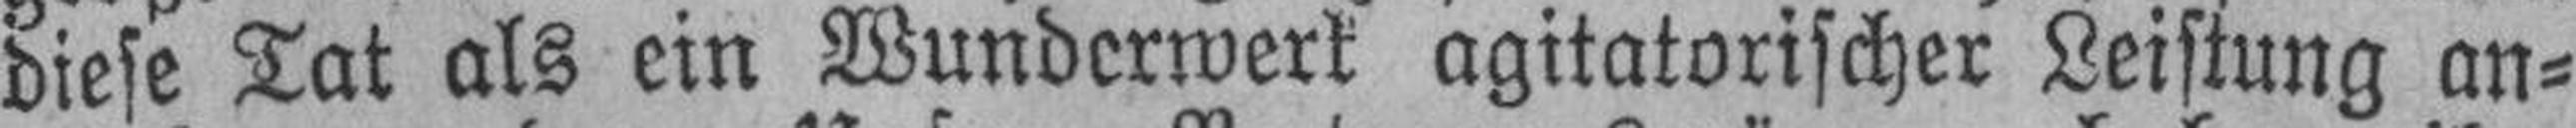
diese Tat als ein Wunderwerk agitatorischer Leistung an¬